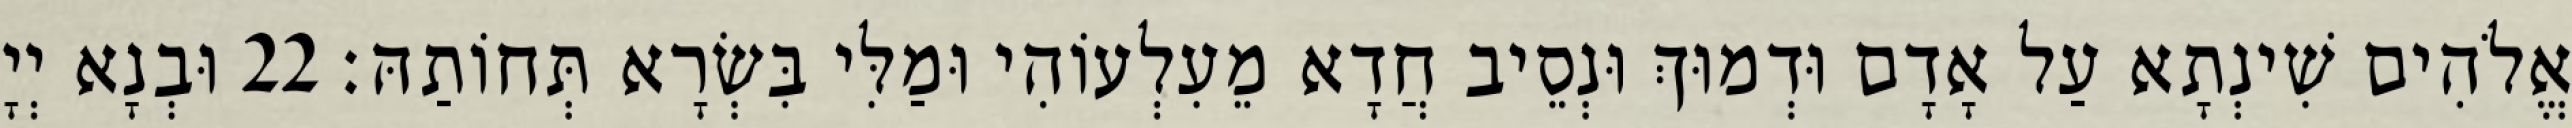
אֱלֹהִים שִׁינְתָא עַל אָדָם וּדְמוּךְ וּנְסֵיב חֲדָא מֵעִלְעוֹהִי וּמַלִּי בִּשְׂרָא תְּחוֹתַהּ׃ 22 וּבְנָא יְיָ